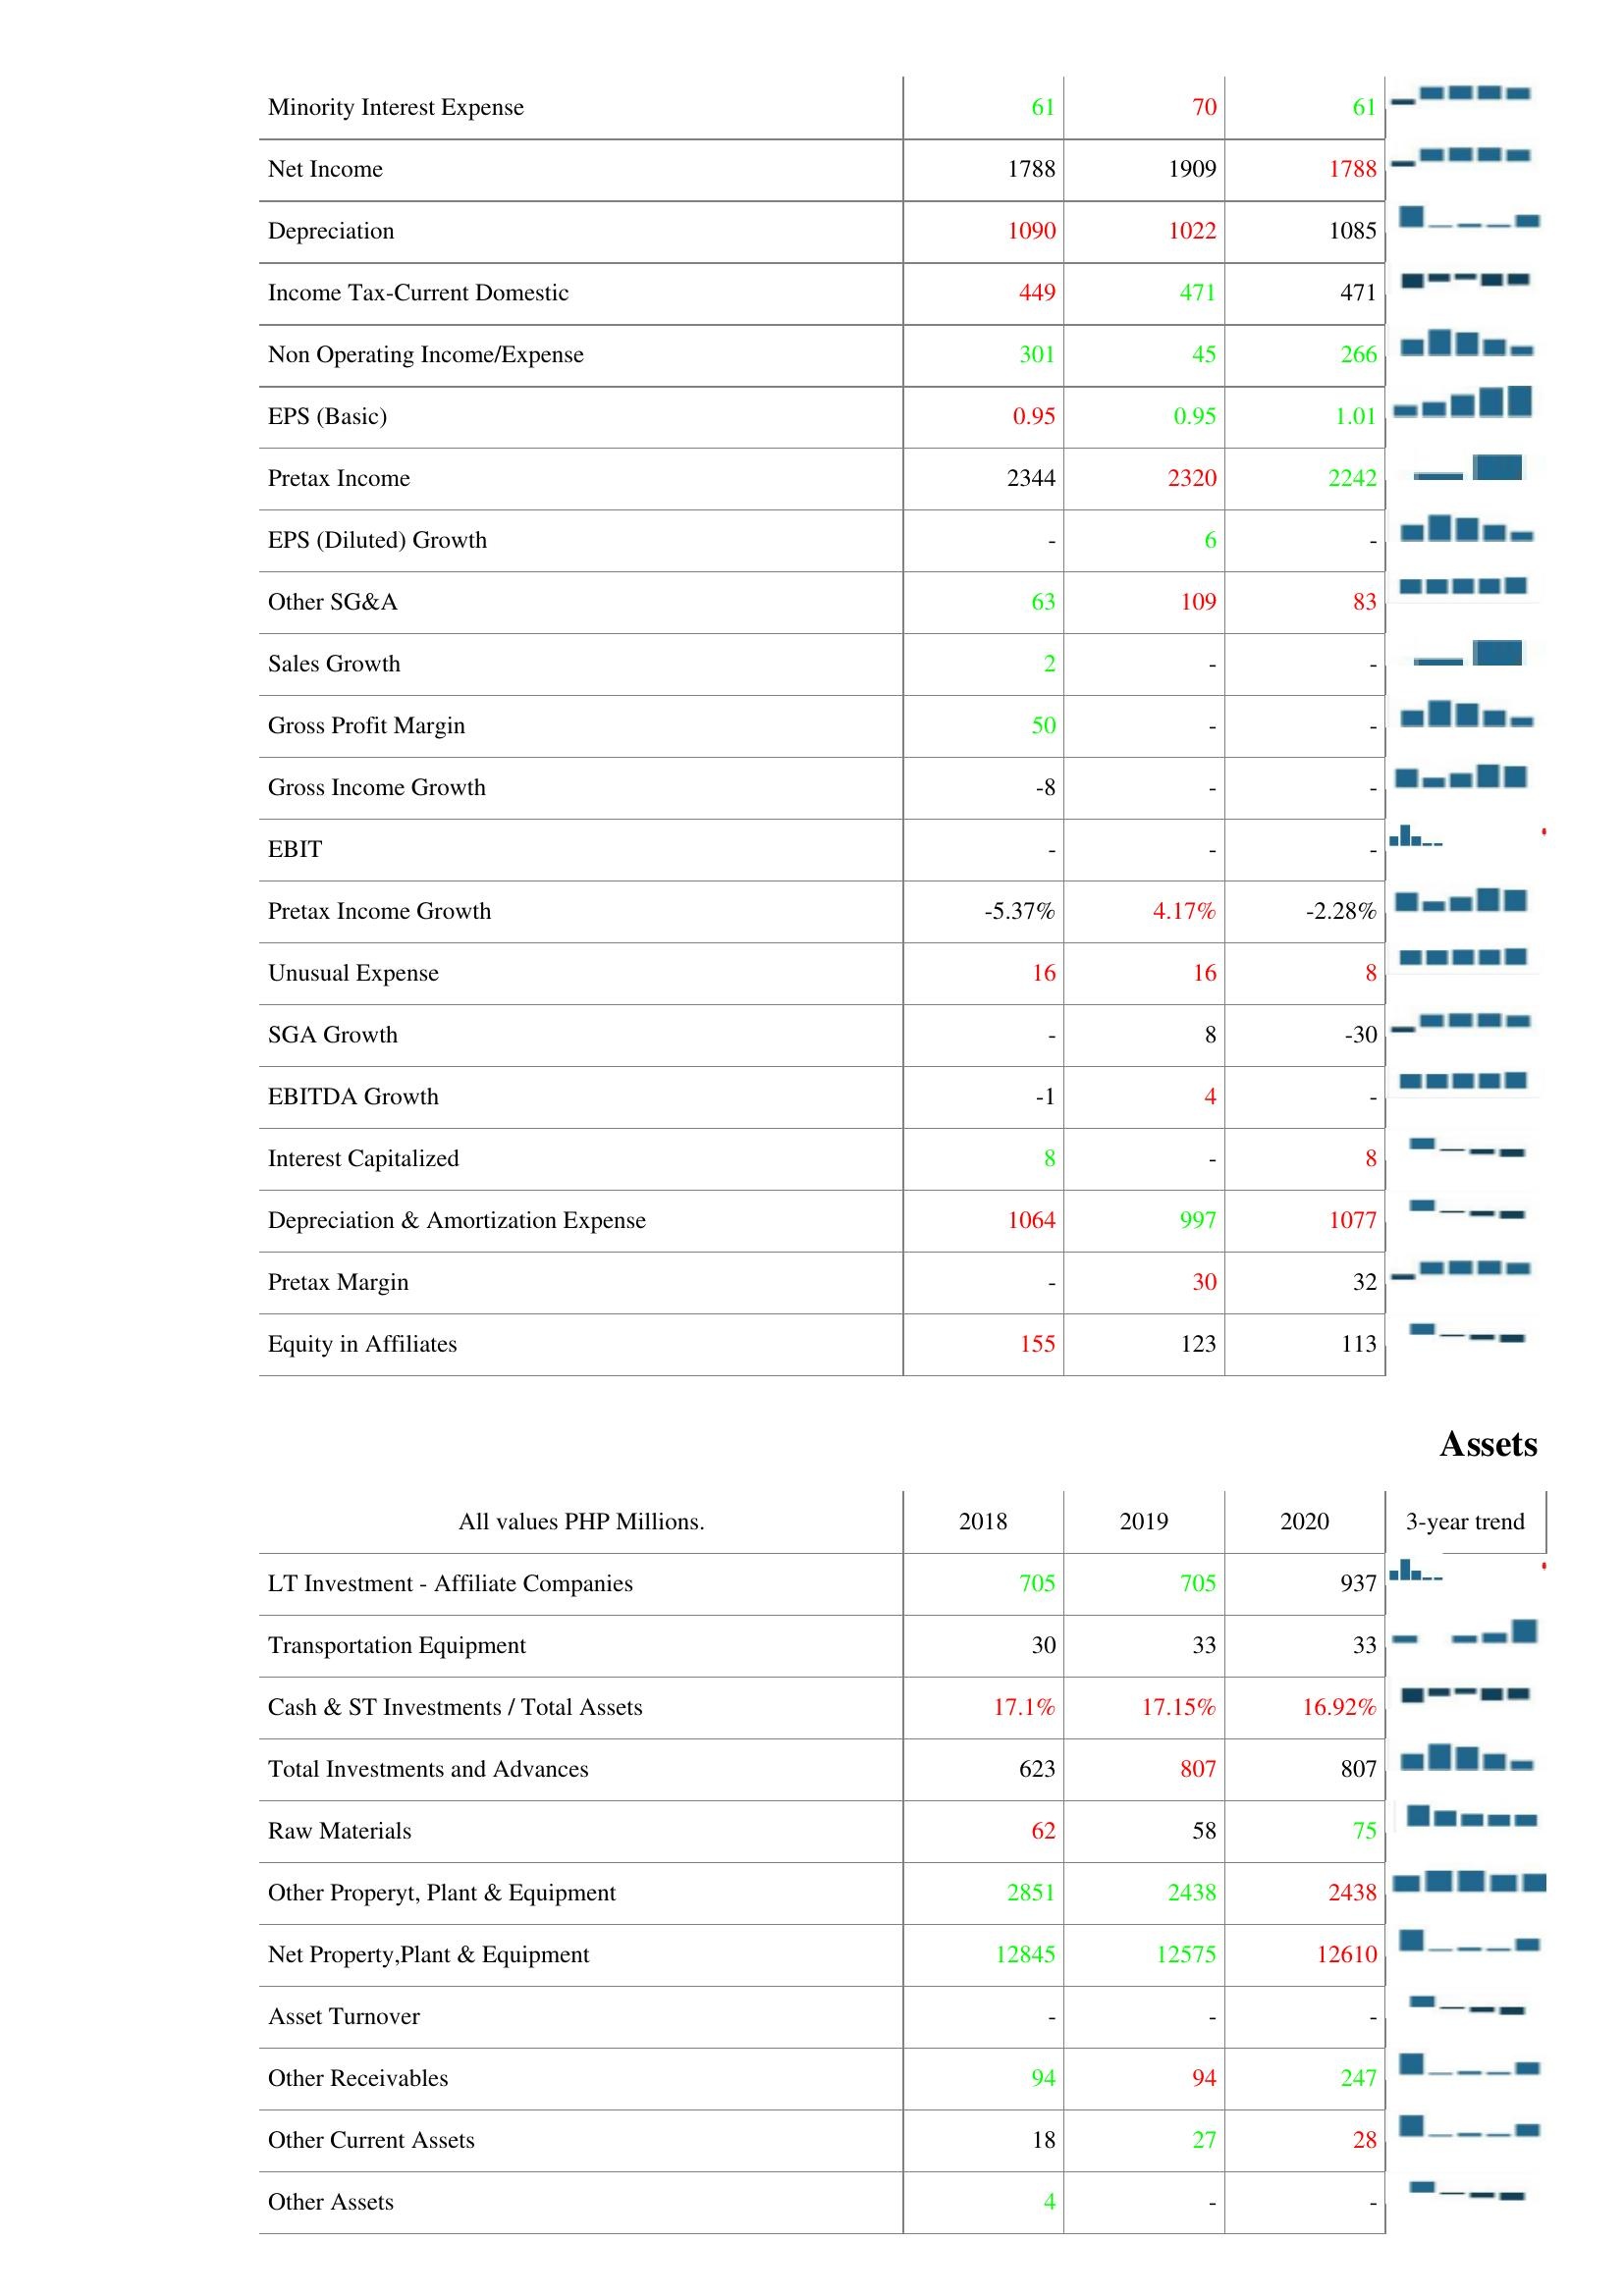
2018: : Minority Interest Expense: 61
Net Income: 1788
Depreciation: 1090
Income Tax-Current Domestic: 449
Non Operating Income/Expense: 301
EPS (Basic): 0.95
Pretax Income: 2344
EPS (Diluted) Growth: -
Other SG&A: 63
Sales Growth: 2
Gross Profit Margin: 50
Gross Income Growth: -8
EBIT: -
Pretax Income Growth: -5.37%
Unusual Expense: 16
SGA Growth: -
EBITDA Growth: -1
Interest Capitalized: 8
Depreciation & Amortization Expense: 1064
Pretax Margin: -
Equity in Affiliates: 155
Assets: LT Investment - Affiliate Companies: 705
Transportation Equipment: 30
Cash & ST Investments / Total Assets: 17.1%
Total Investments and Advances: 623
Raw Materials: 62
Other Properyt, Plant & Equipment: 2851
Net Property,Plant & Equipment: 12845
Asset Turnover: -
Other Receivables: 94
Other Current Assets: 18
Other Assets: 4
2019: : Minority Interest Expense: 70
Net Income: 1909
Depreciation: 1022
Income Tax-Current Domestic: 471
Non Operating Income/Expense: 45
EPS (Basic): 0.95
Pretax Income: 2320
EPS (Diluted) Growth: 6
Other SG&A: 109
Sales Growth: -
Gross Profit Margin: -
Gross Income Growth: -
EBIT: -
Pretax Income Growth: 4.17%
Unusual Expense: 16
SGA Growth: 8
EBITDA Growth: 4
Interest Capitalized: -
Depreciation & Amortization Expense: 997
Pretax Margin: 30
Equity in Affiliates: 123
Assets: LT Investment - Affiliate Companies: 705
Transportation Equipment: 33
Cash & ST Investments / Total Assets: 17.15%
Total Investments and Advances: 807
Raw Materials: 58
Other Properyt, Plant & Equipment: 2438
Net Property,Plant & Equipment: 12575
Asset Turnover: -
Other Receivables: 94
Other Current Assets: 27
Other Assets: -
2020: : Minority Interest Expense: 61
Net Income: 1788
Depreciation: 1085
Income Tax-Current Domestic: 471
Non Operating Income/Expense: 266
EPS (Basic): 1.01
Pretax Income: 2242
EPS (Diluted) Growth: -
Other SG&A: 83
Sales Growth: -
Gross Profit Margin: -
Gross Income Growth: -
EBIT: -
Pretax Income Growth: -2.28%
Unusual Expense: 8
SGA Growth: -30
EBITDA Growth: -
Interest Capitalized: 8
Depreciation & Amortization Expense: 1077
Pretax Margin: 32
Equity in Affiliates: 113
Assets: LT Investment - Affiliate Companies: 937
Transportation Equipment: 33
Cash & ST Investments / Total Assets: 16.92%
Total Investments and Advances: 807
Raw Materials: 75
Other Properyt, Plant & Equipment: 2438
Net Property,Plant & Equipment: 12610
Asset Turnover: -
Other Receivables: 247
Other Current Assets: 28
Other Assets: -